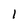
Character: 1